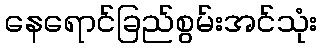
နေရောင်ခြည်စွမ်းအင်သုံး